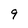
Character: 9